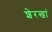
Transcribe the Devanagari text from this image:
शेरखां